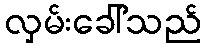
လှမ်းခေါ်သည်